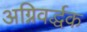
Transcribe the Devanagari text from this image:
अग्निवर्द्धक